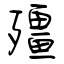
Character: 殭